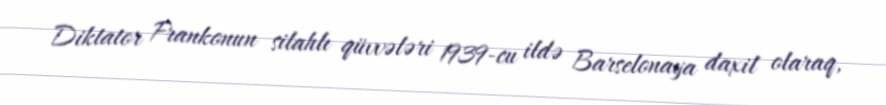
Diktator Frankonun silahlı qüvvələri 1939-cu ildə Barselonaya daxil olaraq,